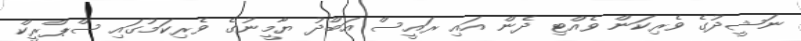
ނަޝީދުގެ ވެރިކަން ވެއްޓި ދެން އައި ރައީސް އަބްދު ޔާމީނުގެ ވެރިކަމުގައި ސްޕްރީކް